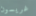
غريسون